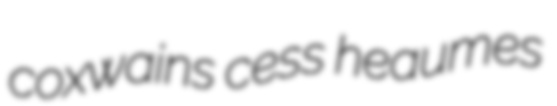
coxwains cess heaumes